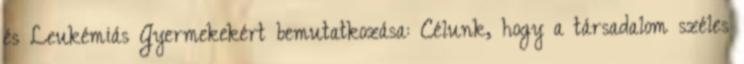
és Leukémiás Gyermekekért bemutatkozása: Célunk, hogy a társadalom széles